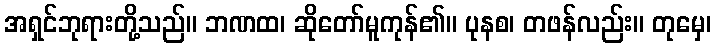
အရှင်ဘုရားတို့သည်။ ဘဏထ၊ ဆိုတော်မူကုန်၏။ ပုနစ၊ တဖန်လည်း။ တုမှေ၊